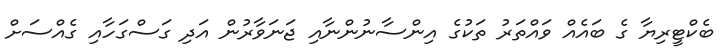
ބެކްޓީރިޔާ ގެ ބައެއް ވައްތަރު ތަކުގެ އިންސާނުންނާއި ޖަނަވާރުން އަދި ގަސްގަހާއި ގެއްސަށް